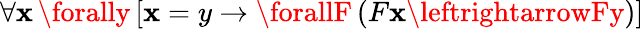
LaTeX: \forall\mathbf{x}\, \forally\, [\mathbf{x}=y\rightarrow\forallF\, (F\mathbf{x}\leftrightarrowFy)]